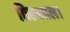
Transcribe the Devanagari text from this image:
तिरुनाल।